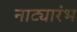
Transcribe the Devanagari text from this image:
नाट्यारंभ